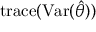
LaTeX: \operatorname { t r a c e } ( \operatorname { V a r } ( { \hat { \theta } } ) )